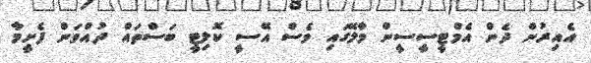
އެއިރުން ދެން އެމްޓީސީސީން މާލޭގައި ވެސް އޭސީ ކޮލިޓީ ބަސްތައް ދުއްވަން ފެށީމާ